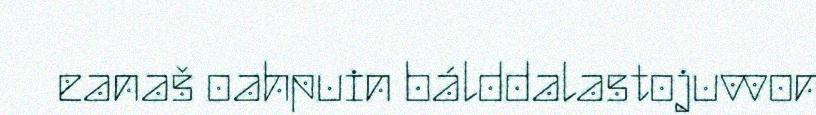
eanaš oahpuin bálddalastojuvvon